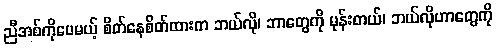
ညီအစ်ကိုပေမယ့် စိတ်နေစိတ်ထားက ဘယ်လို၊ ဘာတွေကို မုန်းတယ်၊ ဘယ်လိုဟာတွေကို